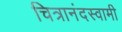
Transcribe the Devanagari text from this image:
चित्रानंदस्वामी